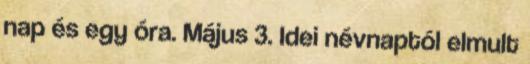
nap és egy óra. Május 3. Idei névnaptól elmult